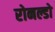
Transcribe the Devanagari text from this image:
रोनल्डो